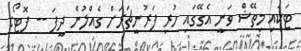
ޓަކައި މިތޭޝް ވަނީ އެގޭގައި ހުރި ފަރުނީޗަރަށް ގެއްލުން ދީފަ -- ފޮޓޯ: